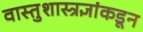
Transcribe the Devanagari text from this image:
वास्तुशास्त्रज्ञांकडून